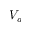
V _ { a }